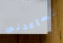
تساعدنى